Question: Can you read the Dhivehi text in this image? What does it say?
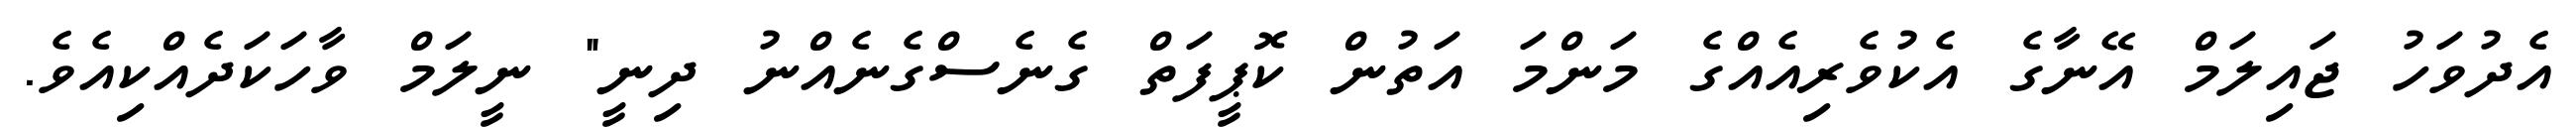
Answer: އެދުވަހު ޖައިލަމް އޭނާގެ އެކުވެރިއެއްގެ މަންމަ އަތުން ކޮޕީފަތް ގެނެސްގެނެއްނު ދިނީ" ނީލަމް ވާހަކަދެއްކިއެވެ.